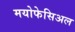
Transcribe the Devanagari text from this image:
मयोफेसिअल